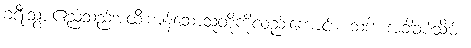
ခရီးသွားဧည့်သည်အထီးကျန်သောသူတို့ကိုလည်းကောင်း။ သဒါ၊ အခါခပ်သိမ်း။